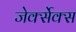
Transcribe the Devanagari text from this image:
जेर्क्सेक्स